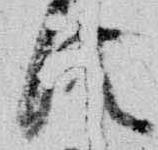
法